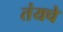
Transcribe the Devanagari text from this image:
तंयचे